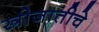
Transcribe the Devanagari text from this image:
स्त्रीजातीचे